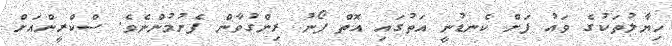
ހިޔާލުތަކުގެ ވައު ފަށް ކެނޑުނީ އަތުގައި އޮތް ފޯނު ރިންގުވާން ފެށުމުންނެވެ. ސްކްރީންއަށް